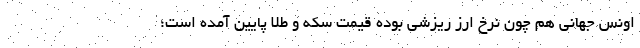
اونس جهانی هم چون نرخ ارز ریزشی بوده قیمت سکه و طلا پایین آمده است؛